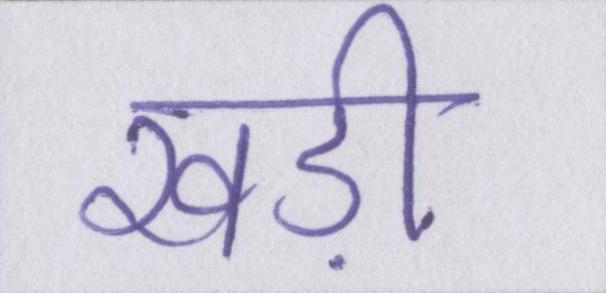
खड़ी